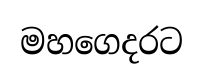
මහගෙදරට